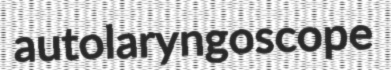
autolaryngoscope